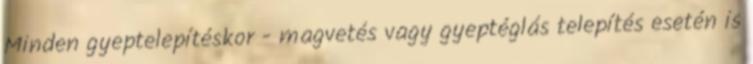
Minden gyeptelepítéskor - magvetés vagy gyeptéglás telepítés esetén is